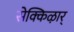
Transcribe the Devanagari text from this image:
सेक्किऴार्